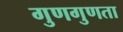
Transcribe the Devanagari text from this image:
गुणगुणता